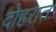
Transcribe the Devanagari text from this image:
दोहरात